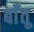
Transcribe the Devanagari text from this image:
बाँतू